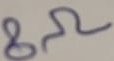
Text: 8Ω